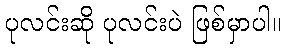
ပုလင်းဆို ပုလင်းပဲ ဖြစ်မှာပါ။